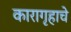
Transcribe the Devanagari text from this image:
कारागृहाचे